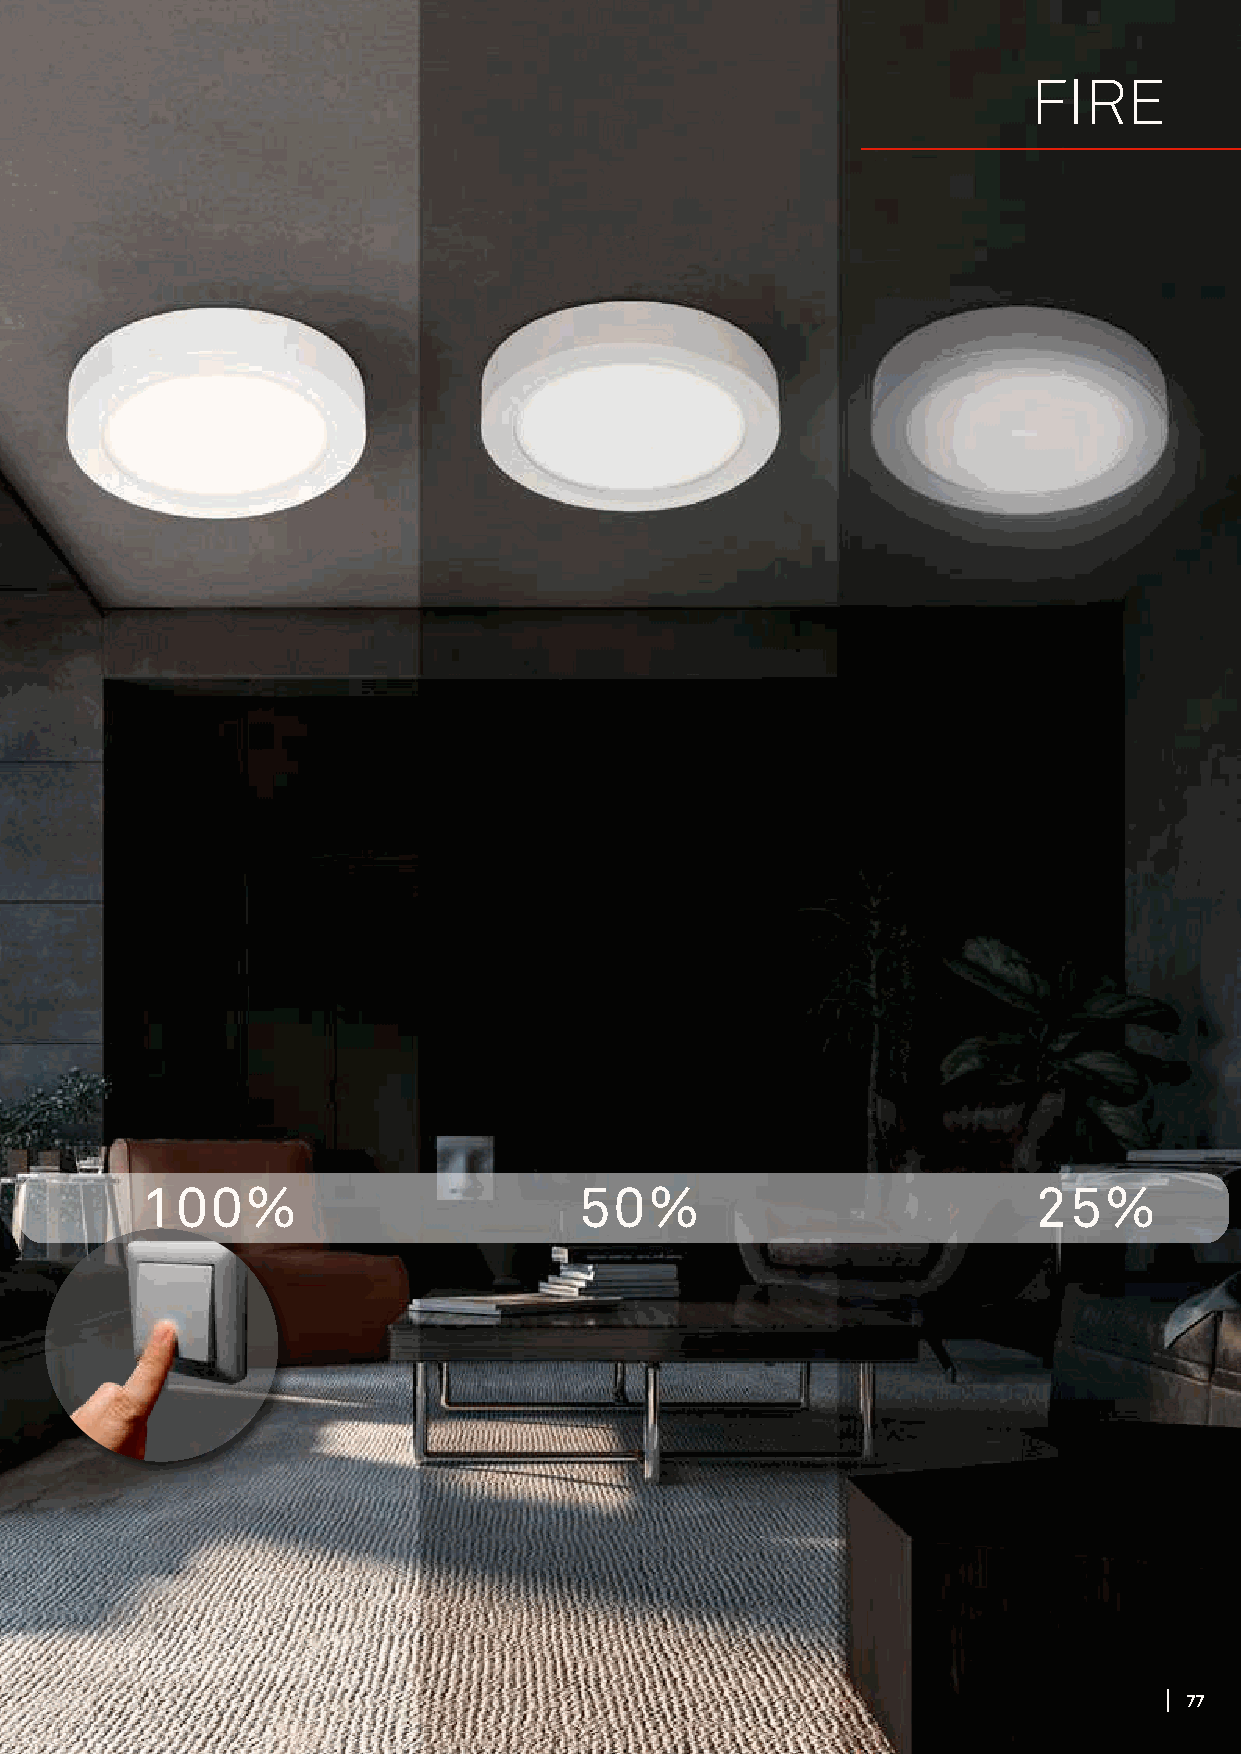
FIRE
 chrom-matt/satin-chrome/
 chrome-mat
 100%                         50%                            25%
 7777